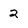
Character: 2